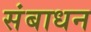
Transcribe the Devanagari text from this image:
संबाधन